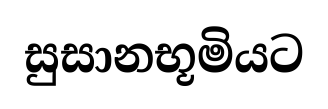
සුසානභූමියට